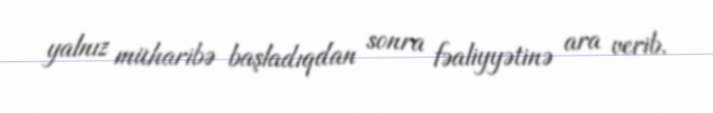
yalnız müharibə başladıqdan sonra fəaliyyətinə ara verib.